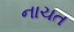
નાચત